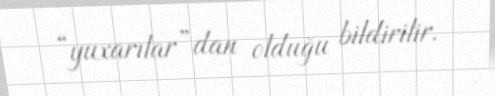
“yuxarılar”dan olduğu bildirilir.